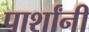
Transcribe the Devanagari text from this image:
पार्शांनी